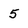
Character: 5